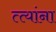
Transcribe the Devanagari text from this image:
त्त्यांना